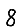
Digit: 8